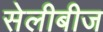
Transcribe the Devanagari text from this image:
सेलीबीज